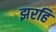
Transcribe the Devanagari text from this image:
झरहि